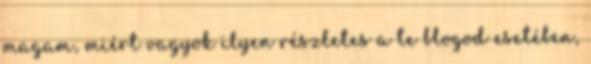
magam, miért vagyok ilyen részletes a te blogod esetében,